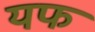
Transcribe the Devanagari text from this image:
यफ